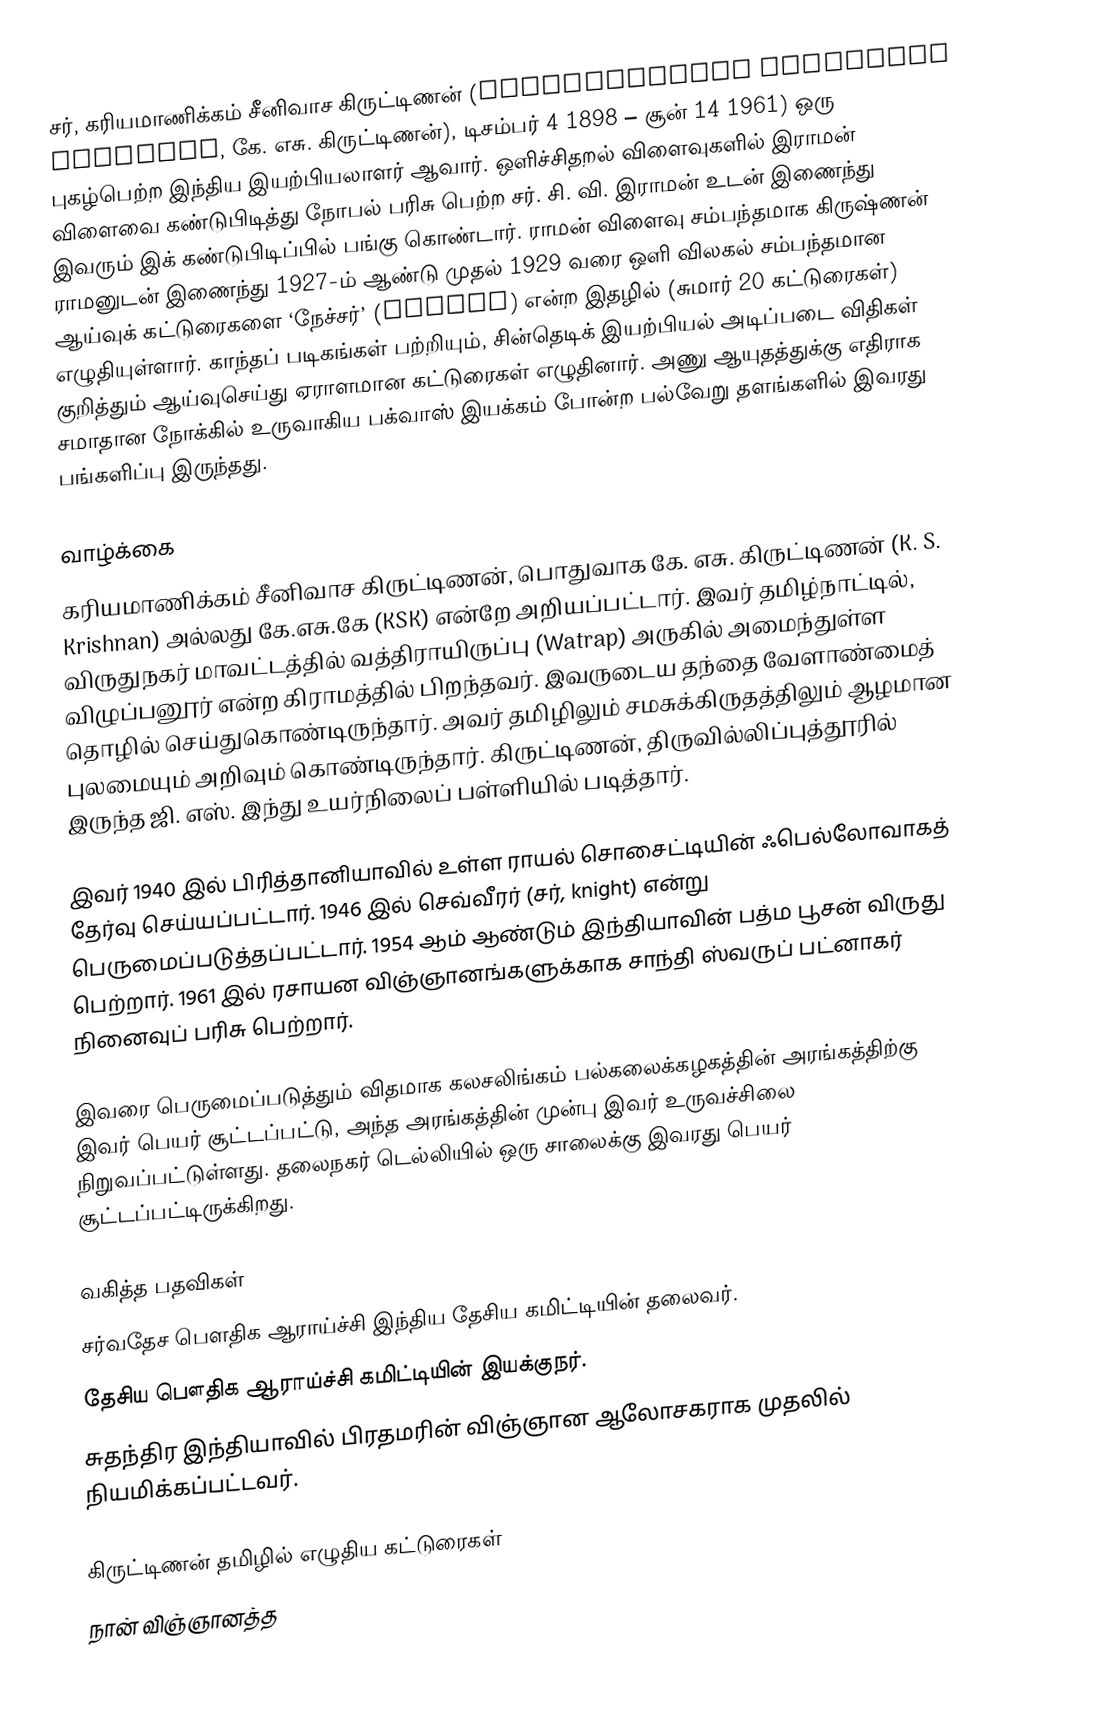
சர், கரியமாணிக்கம் சீனிவாச கிருட்டிணன் (Kariamanickam Srinivasa Krishnan, கே. எசு. கிருட்டிணன்), டிசம்பர் 4 1898 – சூன் 14 1961) ஒரு புகழ்பெற்ற இந்திய இயற்பியலாளர் ஆவார். ஒளிச்சிதறல் விளைவுகளில் இராமன் விளைவை கண்டுபிடித்து நோபல் பரிசு பெற்ற  சர். சி. வி. இராமன் உடன் இணைந்து இவரும் இக் கண்டுபிடிப்பில் பங்கு கொண்டார். ராமன் விளைவு சம்பந்தமாக கிருஷ்ணன் ராமனுடன் இணைந்து 1927-ம் ஆண்டு முதல் 1929 வரை ஒளி விலகல் சம்பந்தமான ஆய்வுக் கட்டுரைகளை ‘நேச்சர்’ (Nature) என்ற இதழில் (சுமார் 20 கட்டுரைகள்) எழுதியுள்ளார். காந்தப் படிகங்கள் பற்றியும், சின்தெடிக் இயற்பியல் அடிப்படை விதிகள் குறித்தும் ஆய்வுசெய்து ஏராளமான கட்டுரைகள் எழுதினார். அணு ஆயுதத்துக்கு எதிராக சமாதான நோக்கில் உருவாகிய பக்வாஸ் இயக்கம் போன்ற பல்வேறு தளங்களில் இவரது பங்களிப்பு இருந்தது.

வாழ்க்கை
கரியமாணிக்கம் சீனிவாச கிருட்டிணன், பொதுவாக கே. எசு. கிருட்டிணன் (K. S. Krishnan) அல்லது கே.எசு.கே (KSK) என்றே அறியப்பட்டார். இவர் தமிழ்நாட்டில், விருதுநகர் மாவட்டத்தில் வத்திராயிருப்பு (Watrap)  அருகில் அமைந்துள்ள விழுப்பனூர் என்ற கிராமத்தில் பிறந்தவர். இவருடைய தந்தை வேளாண்மைத் தொழில் செய்துகொண்டிருந்தார். அவர் தமிழிலும் சமசுக்கிருதத்திலும் ஆழமான புலமையும் அறிவும் கொண்டிருந்தார். கிருட்டிணன், திருவில்லிப்புத்தூரில் இருந்த ஜி. எஸ். இந்து உயர்நிலைப் பள்ளியில் படித்தார்.

இவர் 1940 இல் பிரித்தானியாவில் உள்ள ராயல் சொசைட்டியின் ஃபெல்லோவாகத் தேர்வு செய்யப்பட்டார். 1946 இல் செவ்வீரர் (சர், knight) என்று பெருமைப்படுத்தப்பட்டார். 1954 ஆம் ஆண்டும் இந்தியாவின் பத்ம பூசன் விருது பெற்றார். 1961 இல் ரசாயன விஞ்ஞானங்களுக்காக சாந்தி ஸ்வருப் பட்னாகர் நினைவுப் பரிசு பெற்றார்.

இவரை பெருமைப்படுத்தும் விதமாக கலசலிங்கம் பல்கலைக்கழகத்தின் அரங்கத்திற்கு இவர் பெயர் சூட்டப்பட்டு, அந்த அரங்கத்தின் முன்பு இவர் உருவச்சிலை நிறுவப்பட்டுள்ளது. தலைநகர் டெல்லியில் ஒரு சாலைக்கு இவரது பெயர் சூட்டப்பட்டிருக்கிறது.

வகித்த பதவிகள்
 சர்வதேச பௌதிக ஆராய்ச்சி இந்திய தேசிய கமிட்டியின் தலைவர்.
 தேசிய பௌதிக ஆராய்ச்சி கமிட்டியின் இயக்குநர்.
 சுதந்திர இந்தியாவில் பிரதமரின் விஞ்ஞான ஆலோசகராக முதலில் நியமிக்கப்பட்டவர்.

கிருட்டிணன் தமிழில் எழுதிய கட்டுரைகள்
 நான் விஞ்ஞானத்த